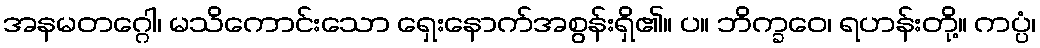
အနမတဂ္ဂေါ၊ မသိကောင်းသော ရှေးနောက်အစွန်းရှိ၏။ ပ။ ဘိက္ခဝေ၊ ရဟန်းတို့။ ကပ္ပံ၊